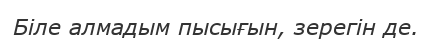
Біле алмадым пысығын, зерегін де.